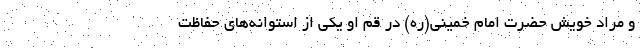
و مراد خویش حضرت امام خمینی(ره) در قم او یکی از استوانه‌های حفاظت